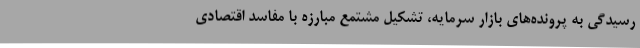
رسیدگی به پرونده‌های بازار سرمایه، تشکیل مشتمع مبارزه با مفاسد اقتصادی